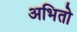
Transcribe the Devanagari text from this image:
अभितो